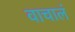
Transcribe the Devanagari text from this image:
वाचालं